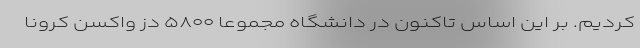
کردیم. بر این اساس تاکنون در دانشگاه مجموعا ۵۸۰۰ دُز واکسن کرونا